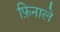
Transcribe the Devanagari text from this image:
फ़िनाले